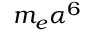
m _ { e } \alpha ^ { 6 }